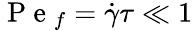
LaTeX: \mathrm{~P~e~}_{f}=\dot{\gamma}\tau\ll 1